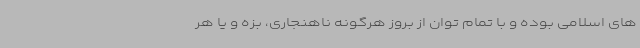
های اسلامی بوده و با تمام توان از بروز هرگونه ناهنجاری، بزه و یا هر